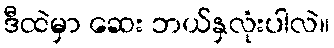
ဒီထဲမှာ ဆေး ဘယ်နှလုံးပါလဲ။